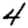
Digit: 4